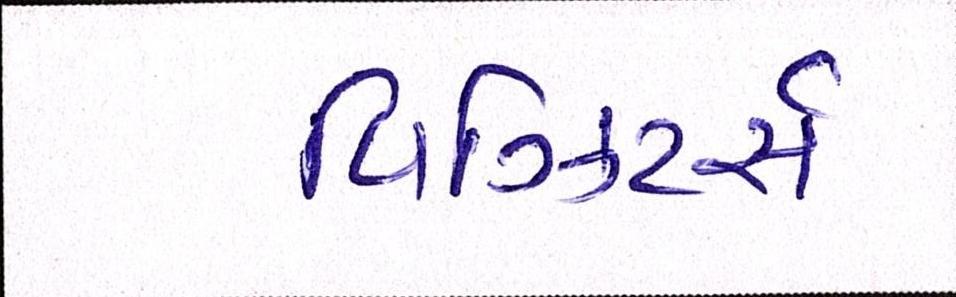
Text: વિઝિટર્સ